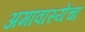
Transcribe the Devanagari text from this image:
अमावास्येचा